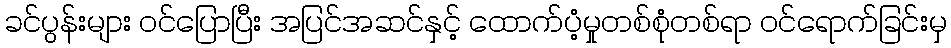
ခင်ပွန်းများ ဝင်ပြောပြီး အပြင်အဆင်နှင့် ထောက်ပံ့မှုတစ်စုံတစ်ရာ ဝင်ရောက်ခြင်းမှ